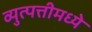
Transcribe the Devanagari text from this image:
व्युत्पत्तीमध्ये